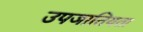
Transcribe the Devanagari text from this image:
उपजातियता